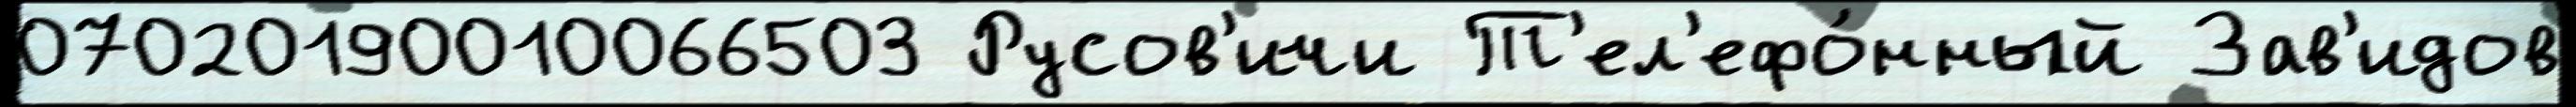
07020190010066503 Русов'ичи Т'ел'ефо́нный Зав'идов